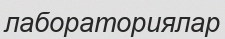
лабораториялар